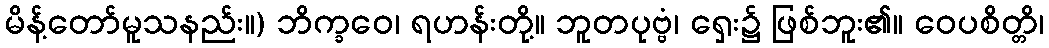
မိန့်တော်မူသနည်း။) ဘိက္ခဝေ၊ ရဟန်းတို့။ ဘူတပုဗ္ဗံ၊ ရှေး၌ ဖြစ်ဘူး၏။ ဝေပစိတ္တိ၊